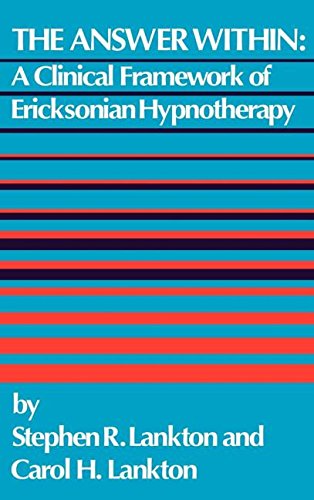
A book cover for The Answer Within: A Clinical Framework Of Ericksonian Hypnotherapy; Stephen R. Lankton; Health, Fitness & Dieting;